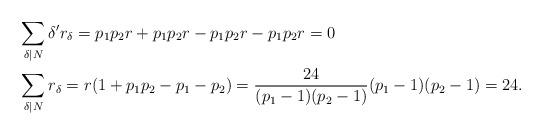
LaTeX: \begin{align*}&\sum\limits_{\delta|N}\delta'r_\delta=p_1p_2r+p_1p_2r-p_1p_2r-p_1p_2r=0\\&\sum\limits_{\delta|N}r_\delta=r(1+p_1p_2-p_1-p_2)=\frac{24}{(p_1-1)(p_2-1)} (p_1-1)(p_2-1)=24.\end{align*}